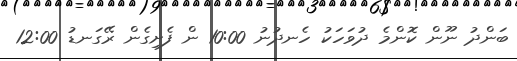
ބަންދު ނޫން ކޮންމެ ދުވަހަކު ހެނދުނު 10:00 ން ފެށިގެން ރޭގަނޑު 12:00